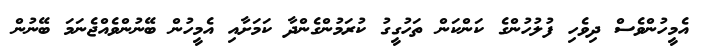
އެމީހުންވެސް ދިވެހި ފުލުހުންގެ ކަންކަން ތަހުގީގު ކުރަމުންގެންދާ ކަމަށާއި އެމީހުން ބޭނުންވެއްޖެނަމަ ބޭނުން